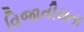
વિજાતીયતા